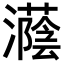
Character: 𪷵